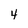
Character: 4